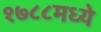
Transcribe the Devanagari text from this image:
१७८८मध्ये